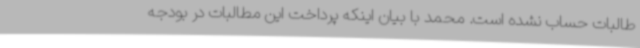
طالبات حساب نشده است. محمد با بیان اینکه پرداخت این مطالبات در بودجه